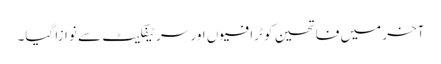
آخر میں فاتحین کو ٹرافیوں اور سرٹیفکیٹ سے نوازا گیا۔